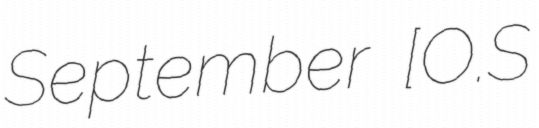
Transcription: September [O.S